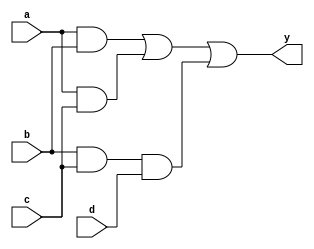
module MultiLevelSimplification (
    input wire a,       // Input variable a
    input wire b,       // Input variable b
    input wire c,       // Input variable c
    input wire d,       // Input variable d
    output wire y       // Output of the simplified logic function
);

// Step 1: Factorization
// Example: Let's assume we want to implement the logic function F(a, b, c, d) = ab + ac + bcd
// We can factor it as: F = a(b + c) + bcd

wire ab_part;          // Intermediate signal for ab
wire ac_part;          // Intermediate signal for ac
wire bc_part;          // Intermediate signal for bc
wire cd_part;          // Intermediate signal for cd
wire sum_part;         // Intermediate signal for (b + c)

// Factorization
assign ab_part = a & b;          // ab
assign ac_part = a & c;          // ac
assign sum_part = b | c;         // (b + c)

// Step 2: Implement the sub-functions
assign bc_part = b & c;          // bc
assign cd_part = bc_part & d;    // bcd

// Step 3: Combine the sub-functions
assign y = ab_part | ac_part | cd_part; // Final output

endmodule